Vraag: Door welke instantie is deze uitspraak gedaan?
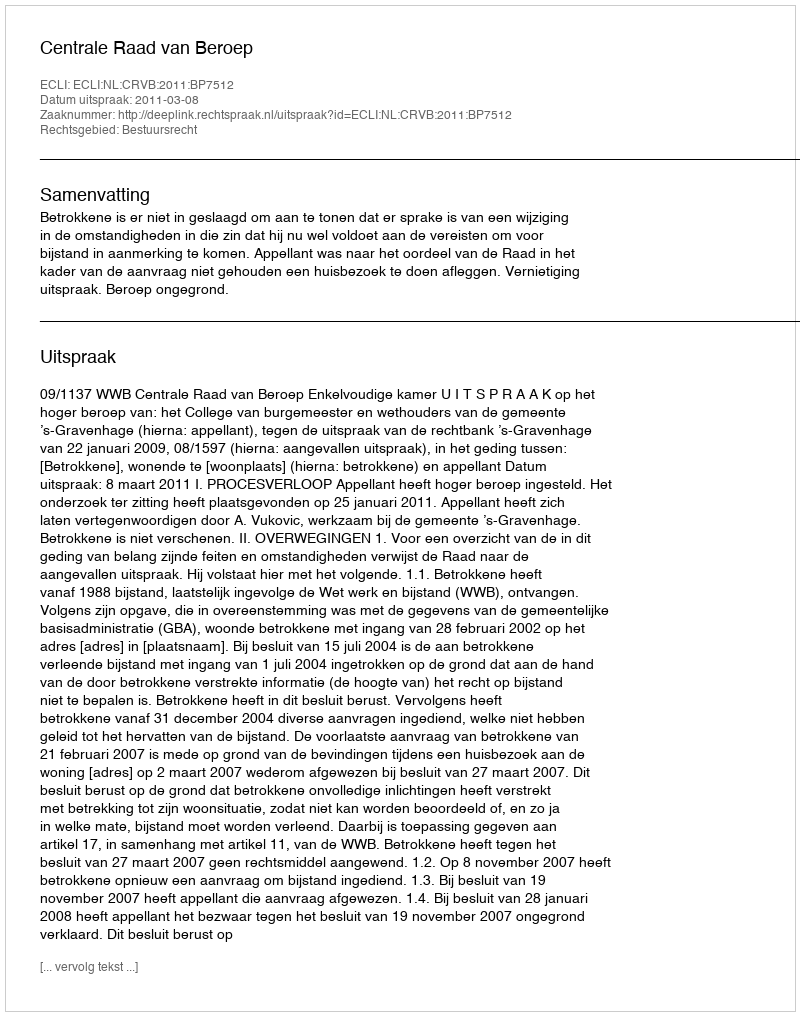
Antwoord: Centrale Raad van Beroep